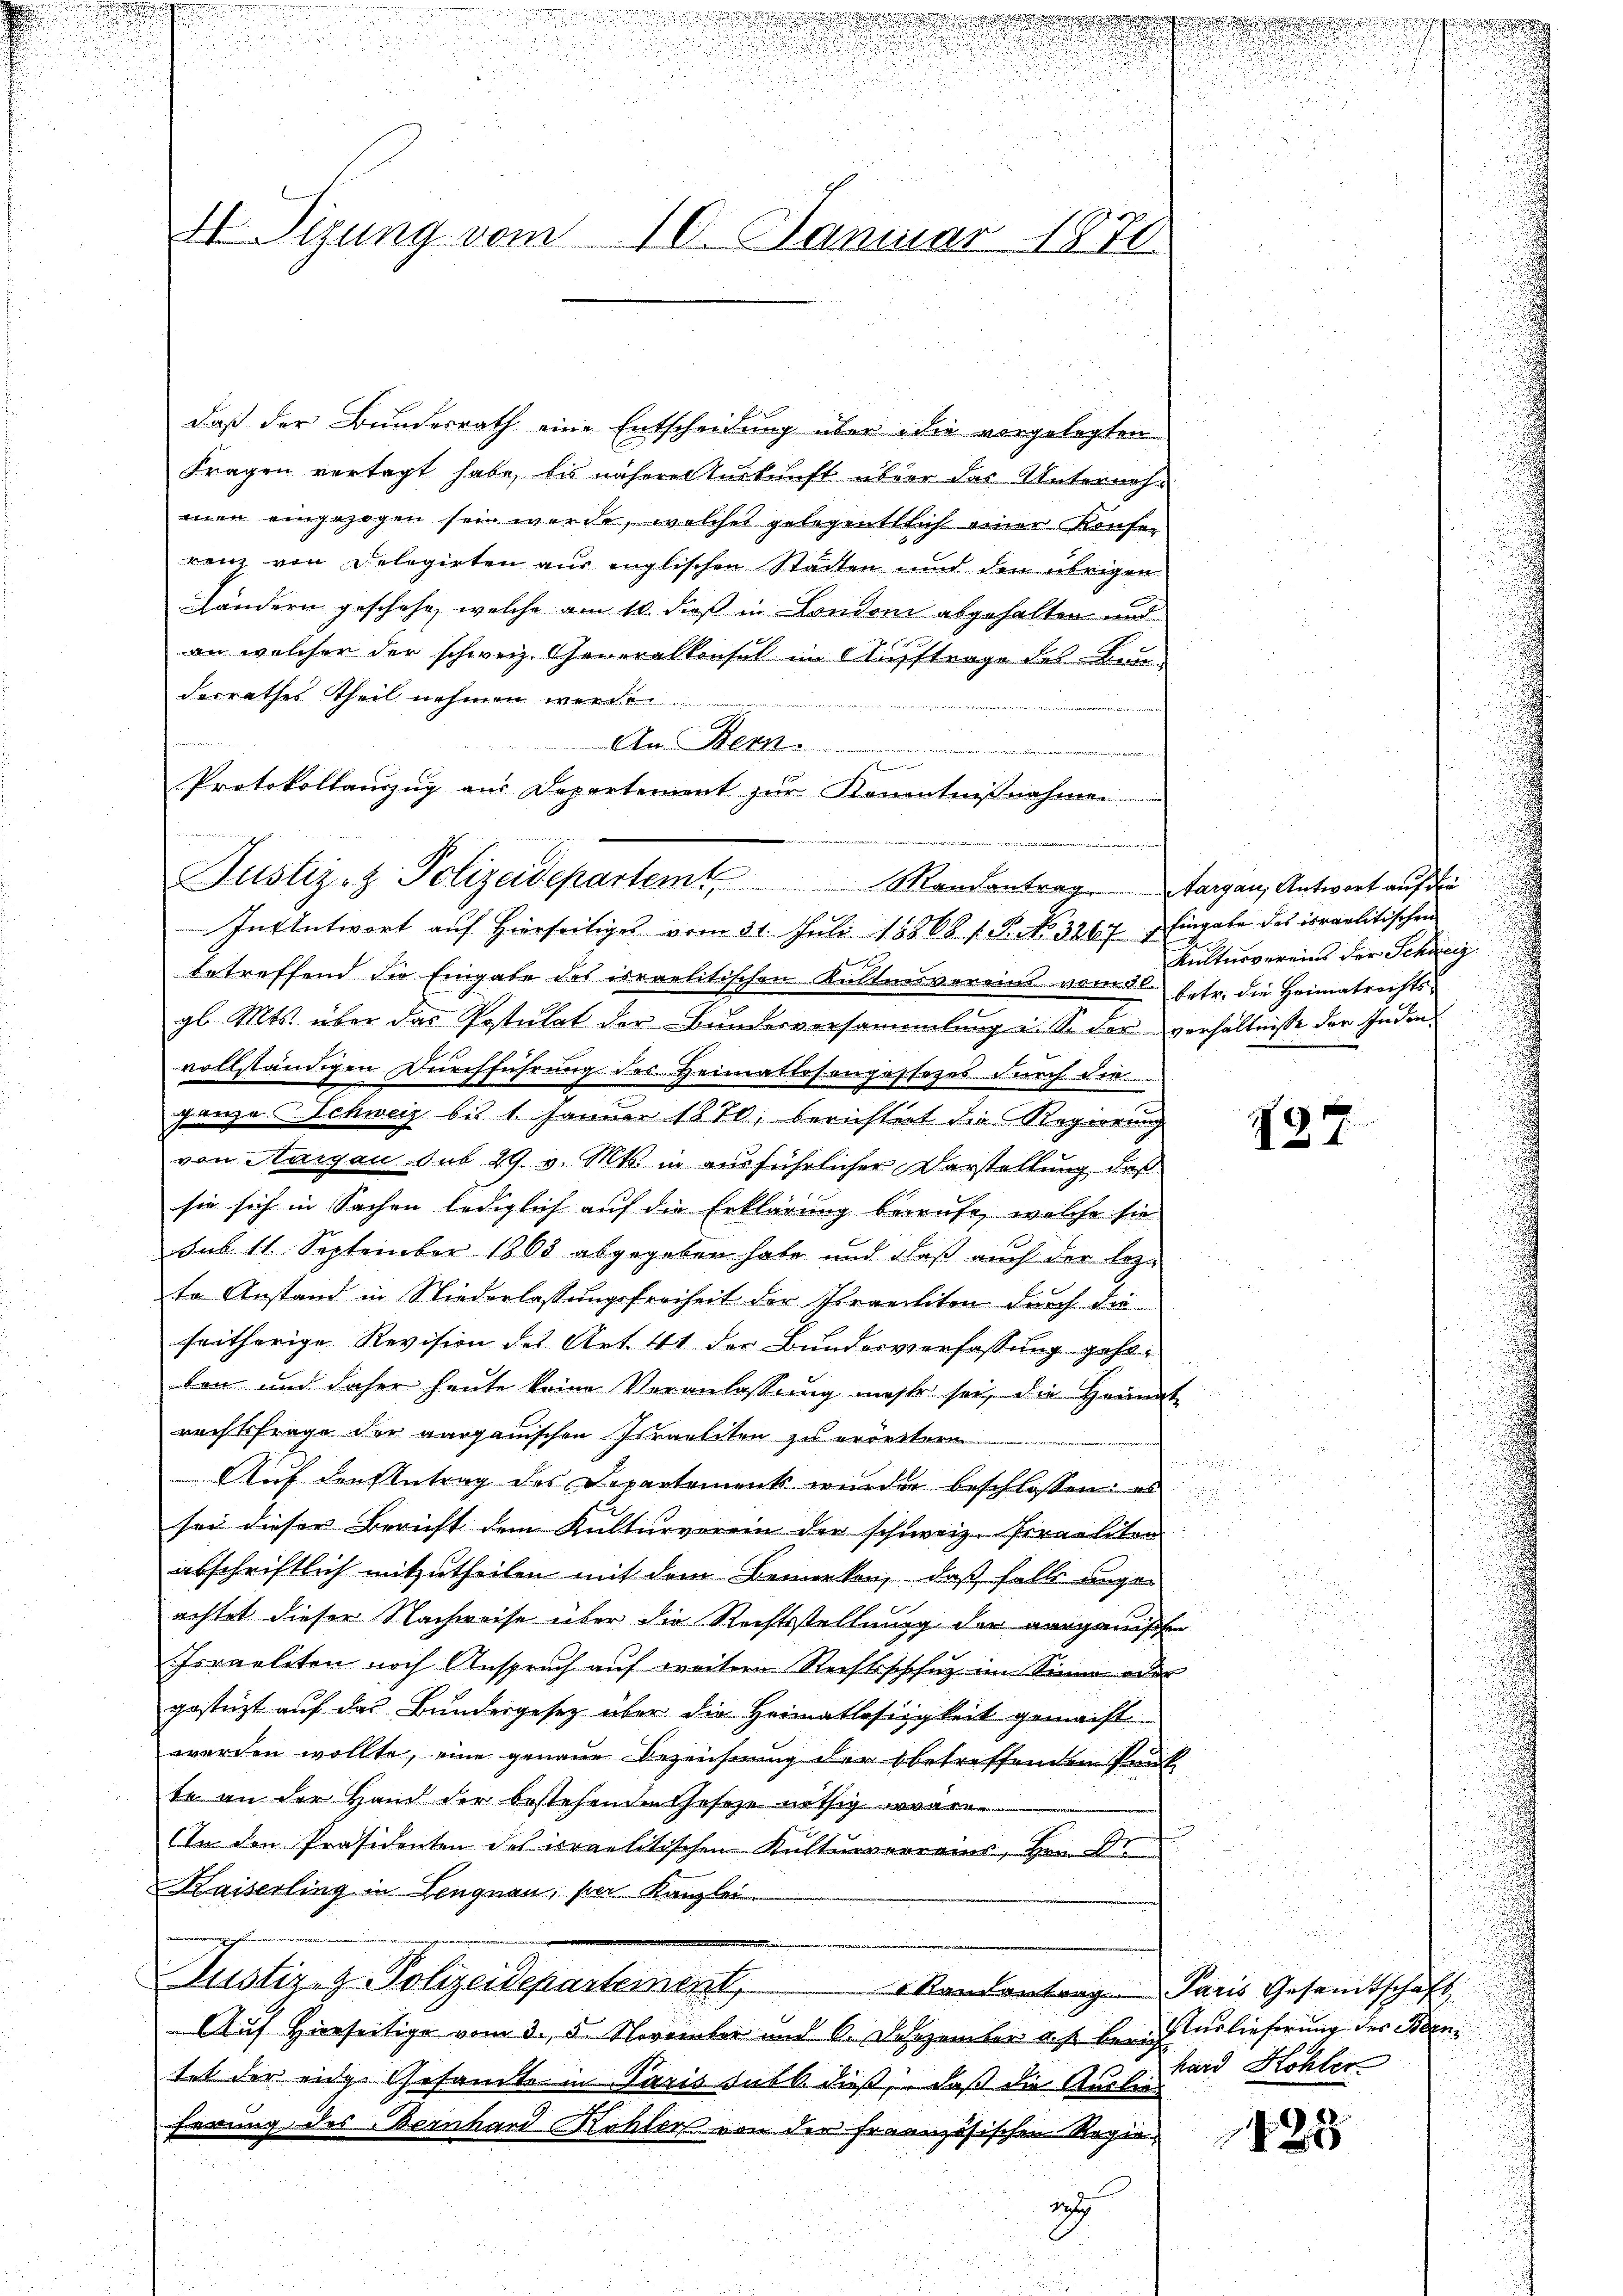
A Tigung vom 10. Januar 1870.

daß der Bundesrath eine Entscheidung über die vorgelegten
Fragen vertagt habe, bis näherer Zurkunft über das Unternehen eingezogen sein werde, welches gelegentlich einer Kaufen
renz von Delegirten aus englischen Stadten und den übrigen
Ländern geschehe, welche am 10. dieß in Londoni abgehalten und
an welcher der schweiz. Generalkonsul im Auftrage des Brudesrathes Theil nehmen war
An Bern.
.

Protokollauszug aus Departement zur Kenntnißnahmen
betreffend die Eingabe des israelitischen Kultnesverein vom 2. betr. die Heimatrechtsgl. Mts. über das Postulat der Bundesversammlung i. So der verhältnisse der Indenvollständigen Durchführung des Heimatlosengassezos durch die
ganze Schweiz bis 1 Januar 1870, berichtet die Regierung
von Aargau sub 29. v. Mts. in ausführlicher Darstellung, daß
sie sich in Sachen lediglich auf die Erklärung berufe, welche sie
sub 11. September 1803 abgegeben habe und daß auch der lezte Anstand in Niederlassungsfreiheit der Israeliten durch die
seitherige Revision des Art. 41 der Bundesverfassung geholen und daher heute keine Veranlassŭng mehr sei, die Heimat
rechtsfrage der aargauischen Israeliten zu errettern

Auf den Antrag des Departements wurden beschlossen: es

sei dieser Bericht dem Kulturverein der schweiz. Praeliton
abschriftlich mitzutheilen mit dem Bemerken, daß falls angeachtet dieser Nachweise über die Rechtsstellung die aargauischen
Israeliten noch Anspruch auf weitern Rechtsschuz im Sinne oder
gestüzt auf das Bundergesetz über die Heimatlosigkeit gemacht
werden wollte, eine genaue Bezeichnung der betreffenden Punkte an der Hand der bestehenden Gesetze nöthig ware
In den Präsidenten des israelitischen Kulturvereins, Hrn. Dr
Kaiserling in Lengnau, per Kanzlei-
Justiz- & Polizeidepartement, Randantrag. Paris Gesandtschaft
Auf Hierseitige vom 3. 5. November und 6. Dezember a. s. berich Auslieferung des Been
tet der eidge Gesamte in Paris subk dieß, daß die Auslie
ferung des Bernhard Kohler von der Französischen Regie

Justiz- & Polizeidepartem Mandantrag. Aargau, Antwort auf die
In Antwort auf Hierseitiges vom 31. Juli 18868 s. S. No. 3267. Eingabe des israelitischen

12

1

Kulturvereins der Schweig

127

hard Köhler

122